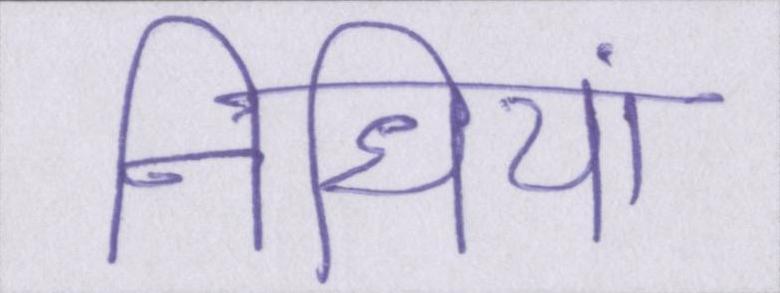
निधियां